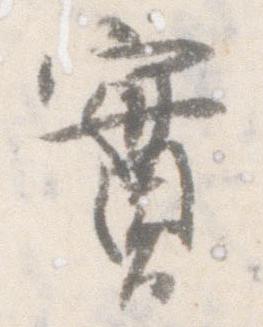
実